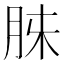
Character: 𮌓